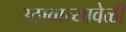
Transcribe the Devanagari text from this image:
उठावाच्यावेळी